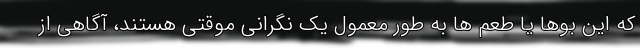
که این بوها یا طعم ها به طور معمول یک نگرانی موقتی هستند، آگاهی از